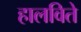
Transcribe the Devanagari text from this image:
हालविते